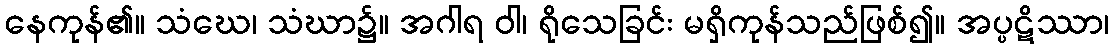
နေကုန်၏။ သံဃေ၊ သံဃာ၌။ အဂါရ ဝါ၊ ရိုသေခြင်း မရှိကုန်သည်ဖြစ်၍။ အပ္ပဋိဿာ၊